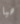
هيا